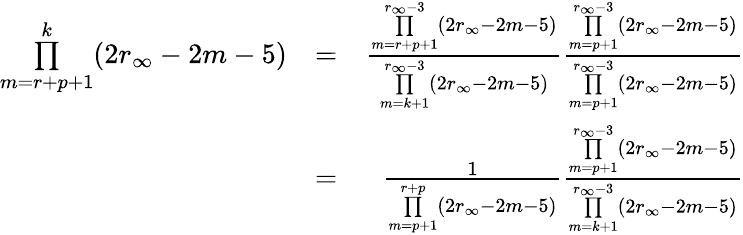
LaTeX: \begin{array}{rlr}{\underset{m=r+p+1}{\overset{k}{\prod}}(2r_{\infty}-2m-5)}&{=}&{\frac{\underset{m=r+p+1}{\overset{r_{\infty}-3}{\prod}}(2r_{\infty}-2m-5)}{\underset{m=k+1}{\overset{r_{\infty}-3}{\prod}}(2r_{\infty}-2m-5)}\frac{\underset{m=p+1}{\overset{r_{\infty}-3}{\prod}}(2r_{\infty}-2m-5)}{\underset{m=p+1}{\overset{r_{\infty}-3}{\prod}}(2r_{\infty}-2m-5)}}\\ &{=}&{\frac{1}{\underset{m=p+1}{\overset{r+p}{\prod}}(2r_{\infty}-2m-5)}\frac{\underset{m=p+1}{\overset{r_{\infty}-3}{\prod}}(2r_{\infty}-2m-5)}{\underset{m=k+1}{\overset{r_{\infty}-3}{\prod}}(2r_{\infty}-2m-5)}}\end{array}